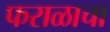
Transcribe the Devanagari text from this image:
फराळाचा